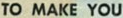
TO MAKE YOU